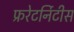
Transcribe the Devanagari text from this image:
फ्ररेटर्निटीस